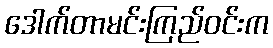
ဒေါက်တာမင်းကြည်ဝင်းက